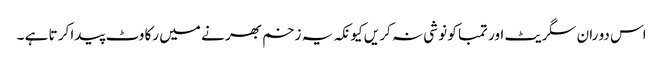
اس دو ران سگر یٹ اور تمبا کو نو شی نہ کر یں کیو نکہ یہ زخم بھر نے میں رکا وٹ پیدا کر تا ہے ۔